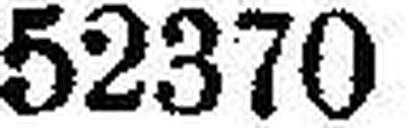
52370